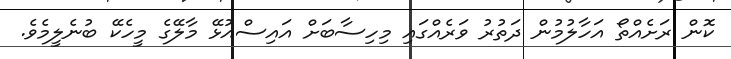
ކޮން ރަށެއްތޯ އަހާލުމުން ދަތުރު ވަރެއްގައި މިހިސާބަށް އައިސްއުޅޭ މާލޭގެ މީހެކޭ ބުނެލީމެވެ.